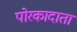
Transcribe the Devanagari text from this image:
पोरकादाता